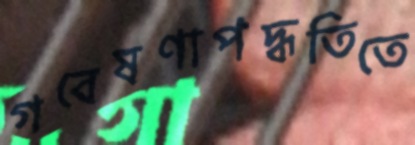
গবেষণাপদ্ধতিতে